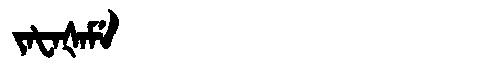
Manchu: ᠵᠠᡶᠠᡧᠠᠮᡝ
Romanization: JAFAŠAME